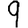
Digit: 9